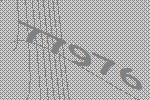
77976